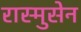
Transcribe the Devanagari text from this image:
रास्मुसेन